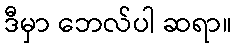
ဒီမှာ ဘေလ်ပါ ဆရာ။